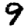
Digit: 9